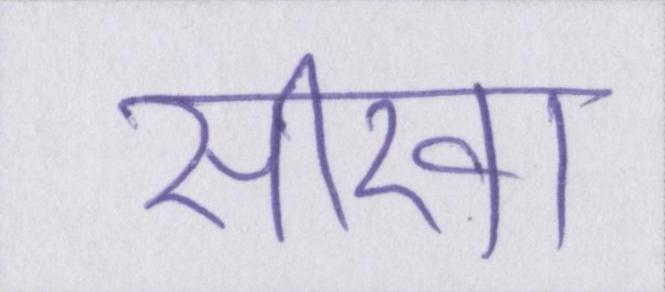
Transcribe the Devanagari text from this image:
सीखा